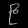
Digit: ၉